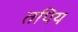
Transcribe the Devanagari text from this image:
तपिय